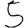
Digit: 5